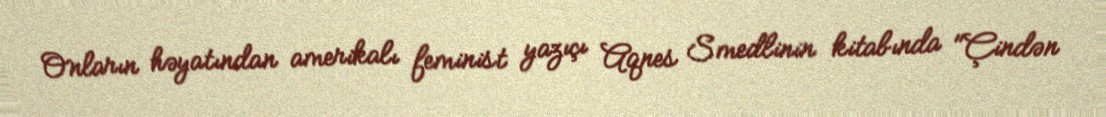
Onların həyatından amerikalı feminist yazıçı Aqnes Smedlinin kitabında "Çindən